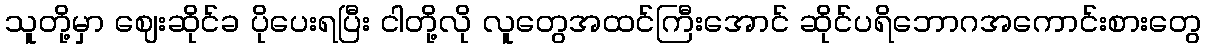
သူတို့မှာ ဈေးဆိုင်ခ ပိုပေးရပြီး ငါတို့လို လူတွေအထင်ကြီးအောင် ဆိုင်ပရိဘောဂအကောင်းစားတွေ